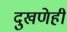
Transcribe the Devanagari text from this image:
दुखणेही